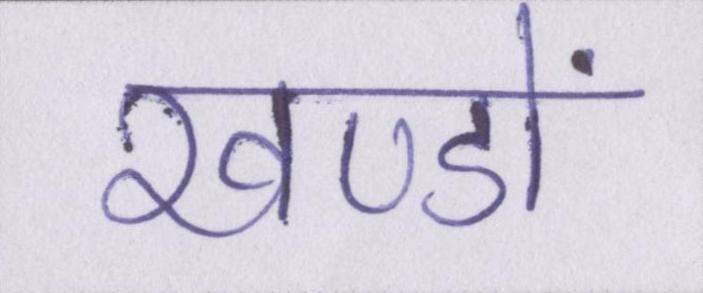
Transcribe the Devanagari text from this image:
खण्डों